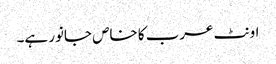
اونٹ عرب کا خاص جانور ہے۔